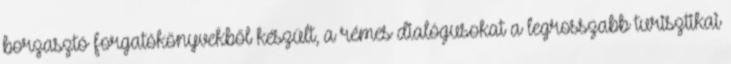
borzasztó forgatókönyvekből készült, a rémes dialógusokat a legrosszabb turisztikai